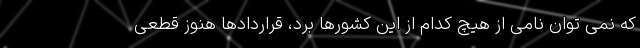
که نمی توان نامی از هیچ کدام از این کشورها برد، قراردادها هنوز قطعی